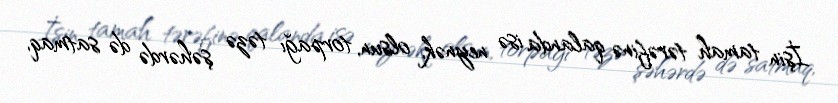
İşin tamah tərəfinə qalanda isə neynək, olsun, torpağı təzə şəhərdə də satmaq,